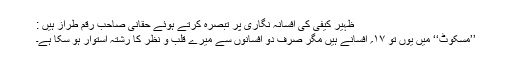
ظہیر کیفی کی افسانہ نگاری پر تبصرہ کرتے ہوئے حقانی صاحب رقم طراز ہیں :
’’مسکوٹ‘‘ میں یوں تو ۱۷؍ افسانے ہیں مگر صرف دو افسانوں سے میرے قلب و نظر کا رشتہ استوار ہو سکا ہے۔